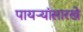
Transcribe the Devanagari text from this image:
पायऱ्यांसारखे